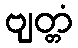
ဗျတ္တံ